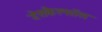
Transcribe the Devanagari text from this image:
डेसकैल्सॉस